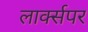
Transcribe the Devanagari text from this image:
लार्क्सपर